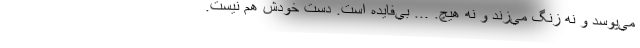
مي‌پوسد و نه زنگ مي‌زند و نه هيچ. ... بي‌فايده است. دست خودش هم نيست.